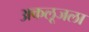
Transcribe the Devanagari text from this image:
अकलूजला